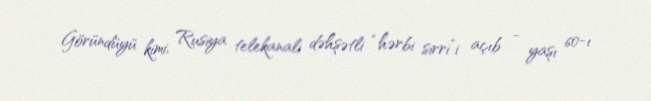
Göründüyü kimi, Rusiya telekanalı dəhşətli “hərbi sirri”i açıb - yaşı 60-ı